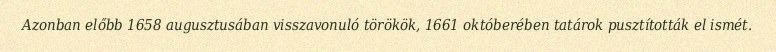
Azonban előbb 1658 augusztusában visszavonuló törökök, 1661 októberében tatárok pusztították el ismét.